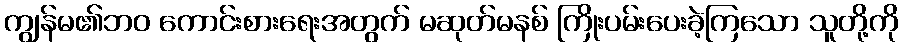
ကျွန်မ၏ဘဝ ကောင်းစားရေးအတွက် မဆုတ်မနစ် ကြိုးပမ်းပေးခဲ့ကြသော သူတို့ကို